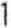
1